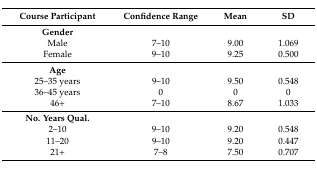
| Course Participant | Confidence Range | Mean | SD |
 | --- | --- | --- | --- |
 | Gender |  |  |  |
 | Male | 7–10 | 9.00 | 1.069 |
 | Female | 9–10 | 9.25 | 0.500 |
 | Age |  |  |  |
 | 25–35 years | 9–10 | 9.50 | 0.548 |
 | 36–45 years | 0 | 0 | 0 |
 | 46+ | 7–10 | 8.67 | 1.033 |
 | No. Years Qual. |  |  |  |
 | 2–10 | 9–10 | 9.20 | 0.548 |
 | 11–20 | 9–10 | 9.20 | 0.447 |
 | 21+ | 7–8 | 7.50 | 0.707 |